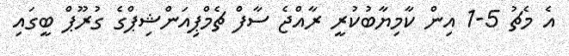
އެ މެޗު 5-1 އިން ކާމިޔާބުކުރީ ރާއްޖެ ސާފް ޗެމްޕިއަންޝިޕްގެ ގުރޫޕް ބީގައި